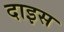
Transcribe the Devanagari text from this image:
दाइस